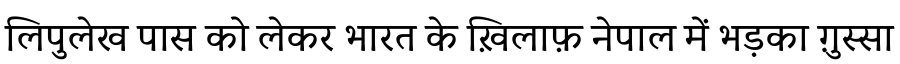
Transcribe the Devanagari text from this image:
लिपुलेख पास को लेकर भारत के ख़िलाफ़ नेपाल में भड़का ग़ुस्सा